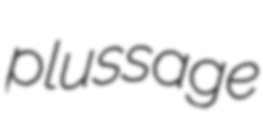
plussage